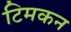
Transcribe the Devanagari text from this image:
टिमकन